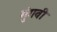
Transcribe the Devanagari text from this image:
गुंगवी